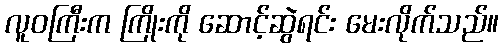
လူဝကြီးက ကြိုးကို ဆောင့်ဆွဲရင်း မေးလိုက်သည်။